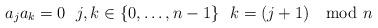
LaTeX: \begin{align*}a_ja_k = 0 \ \ j, k \in \{0, \ldots, n-1\} \ \ k = (j+1) \mod n \end{align*}